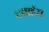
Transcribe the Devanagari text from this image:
टवाईस